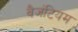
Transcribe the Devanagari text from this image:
वैजंटियम